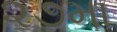
૨૭મા